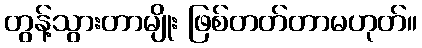
တွန့်သွားတာမျိုး ဖြစ်တတ်တာမဟုတ်။